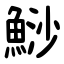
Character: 鯋